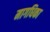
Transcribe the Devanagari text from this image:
मागधिका